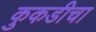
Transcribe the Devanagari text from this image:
कुकडीचा